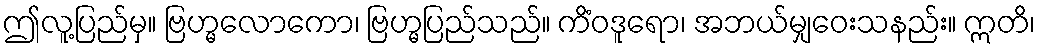
ဤလူ့ပြည်မှ။ ဗြဟ္မလောကော၊ ဗြဟ္မပြည်သည်။ ကိံဝဒူရော၊ အဘယ်မျှဝေးသနည်း။ ဣတိ၊